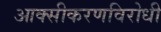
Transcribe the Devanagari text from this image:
आक्सीकरणविरोधी